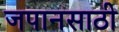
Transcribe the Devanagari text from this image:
जपानसाठी